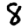
Digit: 8